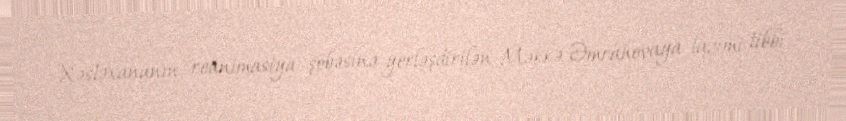
Xəstəxananın reanimasiya şöbəsinə yerləşdirilən Məkkə Əmrahovaya lazımi tibbi